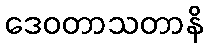
ဒေဝတာသတာနိ